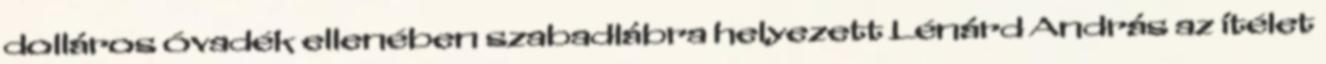
dolláros óvadék ellenében szabadlábra helyezett Lénárd András az ítélet